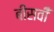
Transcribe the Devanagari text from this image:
बीसवीँ